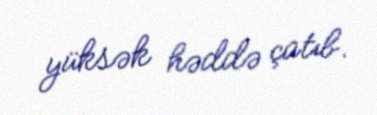
yüksək həddə çatıb.